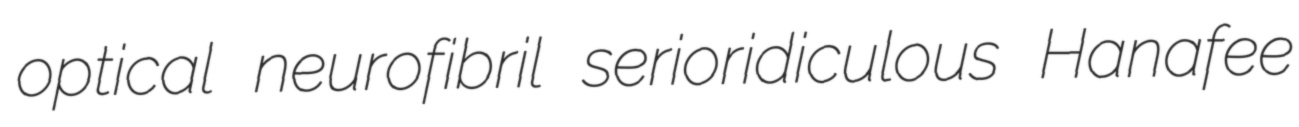
optical neurofibril serioridiculous Hanafee